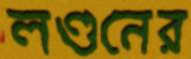
লণ্ডনের